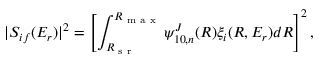
| S _ { i f } ( E _ { r } ) | ^ { 2 } = \left[ \int _ { R _ { \textrm { s r } } } ^ { R _ { \textrm { m a x } } } \psi _ { 1 0 , n } ^ { J } ( R ) \xi _ { i } ( R , E _ { r } ) d R \right] ^ { 2 } ,